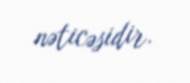
nəticəsidir.